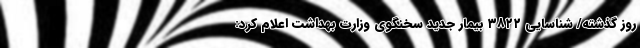
روز گذشته/ شناسایی ۳۸۲۲ بیمار جدید سخنگوی وزارت بهداشت اعلام کرد: